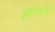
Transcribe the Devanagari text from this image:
हापल